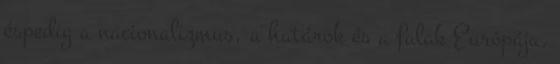
éspedig a nacionalizmus, a határok és a falak Európája.